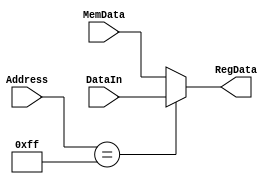
module Parallel_IN(input [7:0]MemData, Address, DataIn,
							output reg [7:0]RegData);
always@*	begin
 if (Address == 8'hFF)
	RegData = DataIn;
	else
	RegData = MemData;
end 
endmodule